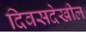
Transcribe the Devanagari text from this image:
दिवसदेखील